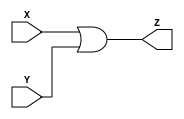
`timescale 1ns / 1ps
`default_nettype none //helps catch typo-related bugs
//////////////////////////////////////////////////////////////////////////////////
// 
// CS 141 - Fall 2015
// Module Name:    or_operator 
// Author(s): VQ and MJ
// Description: OR operator for ALU
//
//
//////////////////////////////////////////////////////////////////////////////////
module or_operator(X,Y,Z);

	//port definitions - customize for different bit widths
	input  wire [31:0] X;
	input  wire [31:0] Y;
	output wire [31:0] Z;
	
	assign Z = X | Y;

endmodule
`default_nettype wire //some Xilinx IP requires that the default_nettype be set to wire